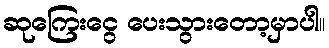
ဆုကြေးငွေ ပေးသွားတော့မှာပါ။